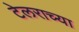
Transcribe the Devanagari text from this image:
टेलराच्या